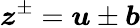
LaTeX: \boldsymbol{z}^{\pm}=\boldsymbol{u}\pm\boldsymbol{b}